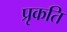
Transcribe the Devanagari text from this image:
प्रृकति